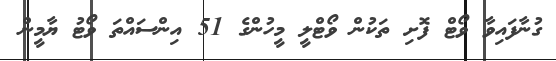
ގުނާފައިވާ ވޯޓް ފޮށި ތަކުން ވޯޓްލީ މީހުންގެ 51 އިންސައްތަ ވޯޓު ޔާމީން